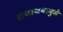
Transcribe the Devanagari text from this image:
राजाश्रयामुळे